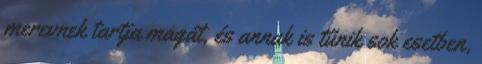
merevnek tartja magát, és annak is tűnik sok esetben,